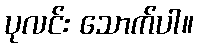
ပုလင်း သောက်ပါ။